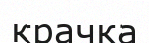
крачка